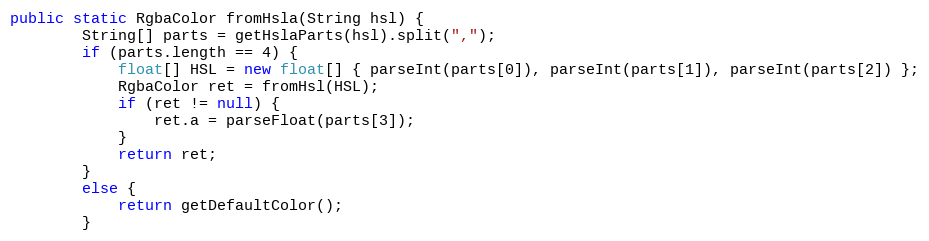
Language: Java
public static RgbaColor fromHsla(String hsl) {
        String[] parts = getHslaParts(hsl).split(",");
        if (parts.length == 4) {
            float[] HSL = new float[] { parseInt(parts[0]), parseInt(parts[1]), parseInt(parts[2]) };
            RgbaColor ret = fromHsl(HSL);
            if (ret != null) {
                ret.a = parseFloat(parts[3]);
            }
            return ret;
        }
        else {
            return getDefaultColor();
        }